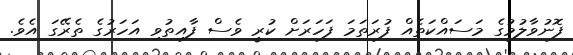
ފޮނުވާލުމުގެ މަސައްކަތެއް ފުރަތަމަ ފަހަރަށް ކުރީ ވެސް ފާއިތުވި އަހަރުގެ ތެރޭގަ އެވެ.